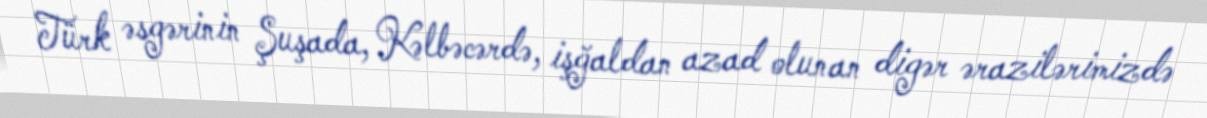
Türk əsgərinin Şuşada, Kəlbəcərdə, işğaldan azad olunan digər ərazilərimizdə